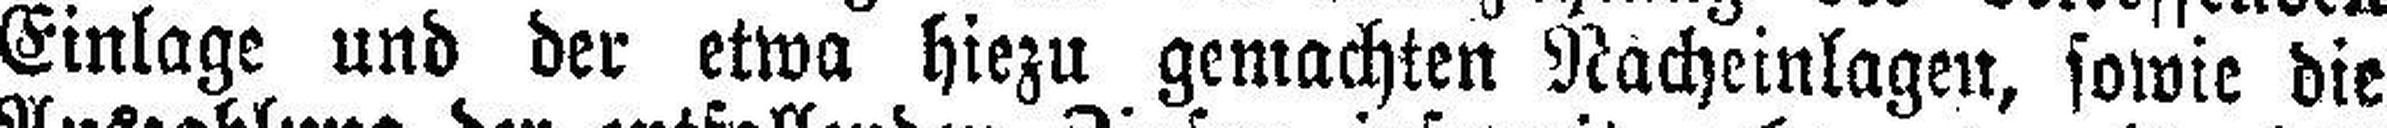
Einlage und der etwa hiezu gemachten Nacheinlagen, sowie die